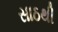
સાઠથી